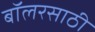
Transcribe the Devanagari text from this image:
बॉलरसाठी